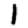
Digit: 1